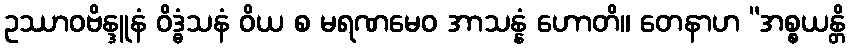
ဥဿာဝဗိန္ဒူနံ ဝိဒ္ဓံသနံ ဝိယ စ မရဏမေဝ အာသန္နံ ဟောတိ။ တေနာဟ “အစ္စယန္တိ